Annual report of the Civil Veterinary Department, Bengal, for the year 1897-98 - 1897-1898
Year: 1897
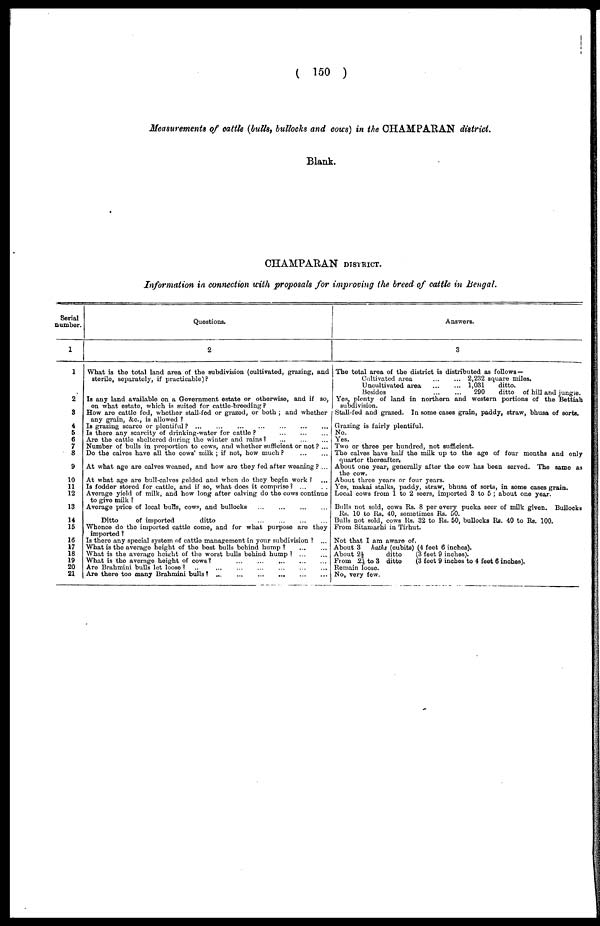
( 150 )
Measurements of cattle (bulls, bullocks and cows) in the CHAMPARAN district.
Blank.
CHAMPARAN DISTRICT.
Information in connection with proposals for improving the breed of cattle in Bengal.
Serial
number.
1
1
2
3
4
5
6
7
8
9
10
11
12
13
14
15
16
17
18
19
20
21
Questions.
2
What is the total land area of the subdivision (cultivated, grazing, and
sterile, separately, if practicable)?
Is any land available on a Government estate or otherwise, and if so,
on what estate, which is suited for cattle-breeding ?
How are cattle fed, whether stall-fed or grazed, or both ; and whether
any grain, &c., is allowed ?
Is grazing scarce or plentiful? ... ... ... ... ... ...
Is there any scarcity of drinking-water for cattle?
...
...
...
Are the cattle sheltered during the winter and rains?
...
...
...
Number of bulls in proportion to cows, and whether sufficient or not ? ...
Do the calves have all the cows' milk ; if not, how much?
...
...
At what age are calves weaned, and how are they fed after weaning ? ...
At what age are bull-calves gelded and when do they begin work ? ...
Is fodder stored for cattle, and if so, what does it comprise?
...
...
Average yield of milk, and how long after calving do the cows continue
to give milk ?
Average price of local bulls, cows, and bullocks
...
...
...
...
Ditto
of imported
ditto ... ... ... ...
Whence do the imported cattle come, and for what purpose are they
imported ?
Is there any special system of cattle management in your subdivision ? ...
What is the average height of the best bulls behind hump ? ... ...
What is the average height of the worst bulls behind hump ? ... ...
What is the average height of cows? ... ... ... ... ...
Are Brahmini bulls let loose?
...
...
...
...
...
...
Are there too many Brahmini bulls? ...
...
...
...
...
Answers.
3
The total area of the district is distributed as follows —
Cultivated area
...
...
2,232 square miles.
Uncultivated area
1,031
ditto.
Besides
290
ditto of hill and jungie.
Yes, plenty of land in northern and western portions of the Bettiah
subdivision.
Stall-fed and grazed. In some cases grain, paddy, straw, bhusa of sorts.
Grazing is fairly plentiful.
No.
Yes.
Two or three per hundred, not sufficient.
The calves have half the milk up to the age of four months and only
quarter thereafter.
About one year, generally after the cow has been served. The same as
the cow.
About three years or four years.
Yes, makai stalks, paddy, straw, bhusa of sorts, in some cases grain.
Local cows from 1 to 2 seers, imported 3 to 5 ; about one year.
Bulls not sold, cows Rs. 8 per every pucka seer of milk given. Bullocks
Rs. 10 to Rs. 40, sometimes Rs. 50.
Bulls not sold, cows Rs. 32 to Rs. 50, bullocks Rs. 40 to Rs. 100.
From Sitamarhi in Tirhut.
Not that I am aware of.
About 3
haths (cubits) (4 feet 6 inches).
About
2½
ditto
(3 feet 9 inches).
From 2½ to 3 ditto
(3 feet 9 inches to 4 feet 6 inches).
Remain loose.
No, very few.